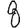
Digit: 8